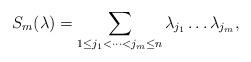
LaTeX: \begin{align*} S_m(\lambda)=\sum\limits_{1\leq j_1<\cdots<j_m\leq n}\lambda_{j_1}\dots\lambda_{j_m},\end{align*}